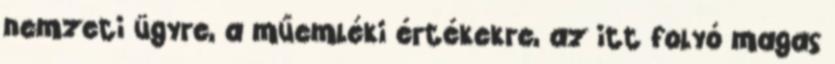
nemzeti ügyre, a műemléki értékekre, az itt folyó magas